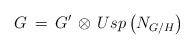
\begin{align*}G \, = \, G^\prime \, \otimes \, Usp\left( N_{G/H} \right)\end{align*}